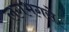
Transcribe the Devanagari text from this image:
लगभगसे